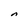
Character: n